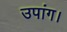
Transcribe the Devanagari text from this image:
उपांग।